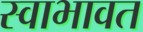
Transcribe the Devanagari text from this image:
स्वाभावत